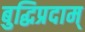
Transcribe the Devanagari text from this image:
बुद्धिप्रदाम्